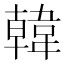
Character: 韓